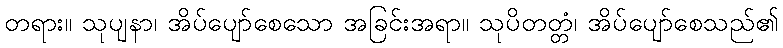
တရား။ သုပျနာ၊ အိပ်ပျော်စေသော အခြင်းအရာ။ သုပိတတ္တံ၊ အိပ်ပျော်စေသည်၏